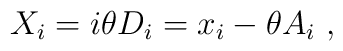
X_i = i\theta D_i = x_i -\theta A_i~,\nonumber